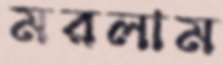
মরলাম